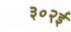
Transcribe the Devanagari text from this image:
३०२ई